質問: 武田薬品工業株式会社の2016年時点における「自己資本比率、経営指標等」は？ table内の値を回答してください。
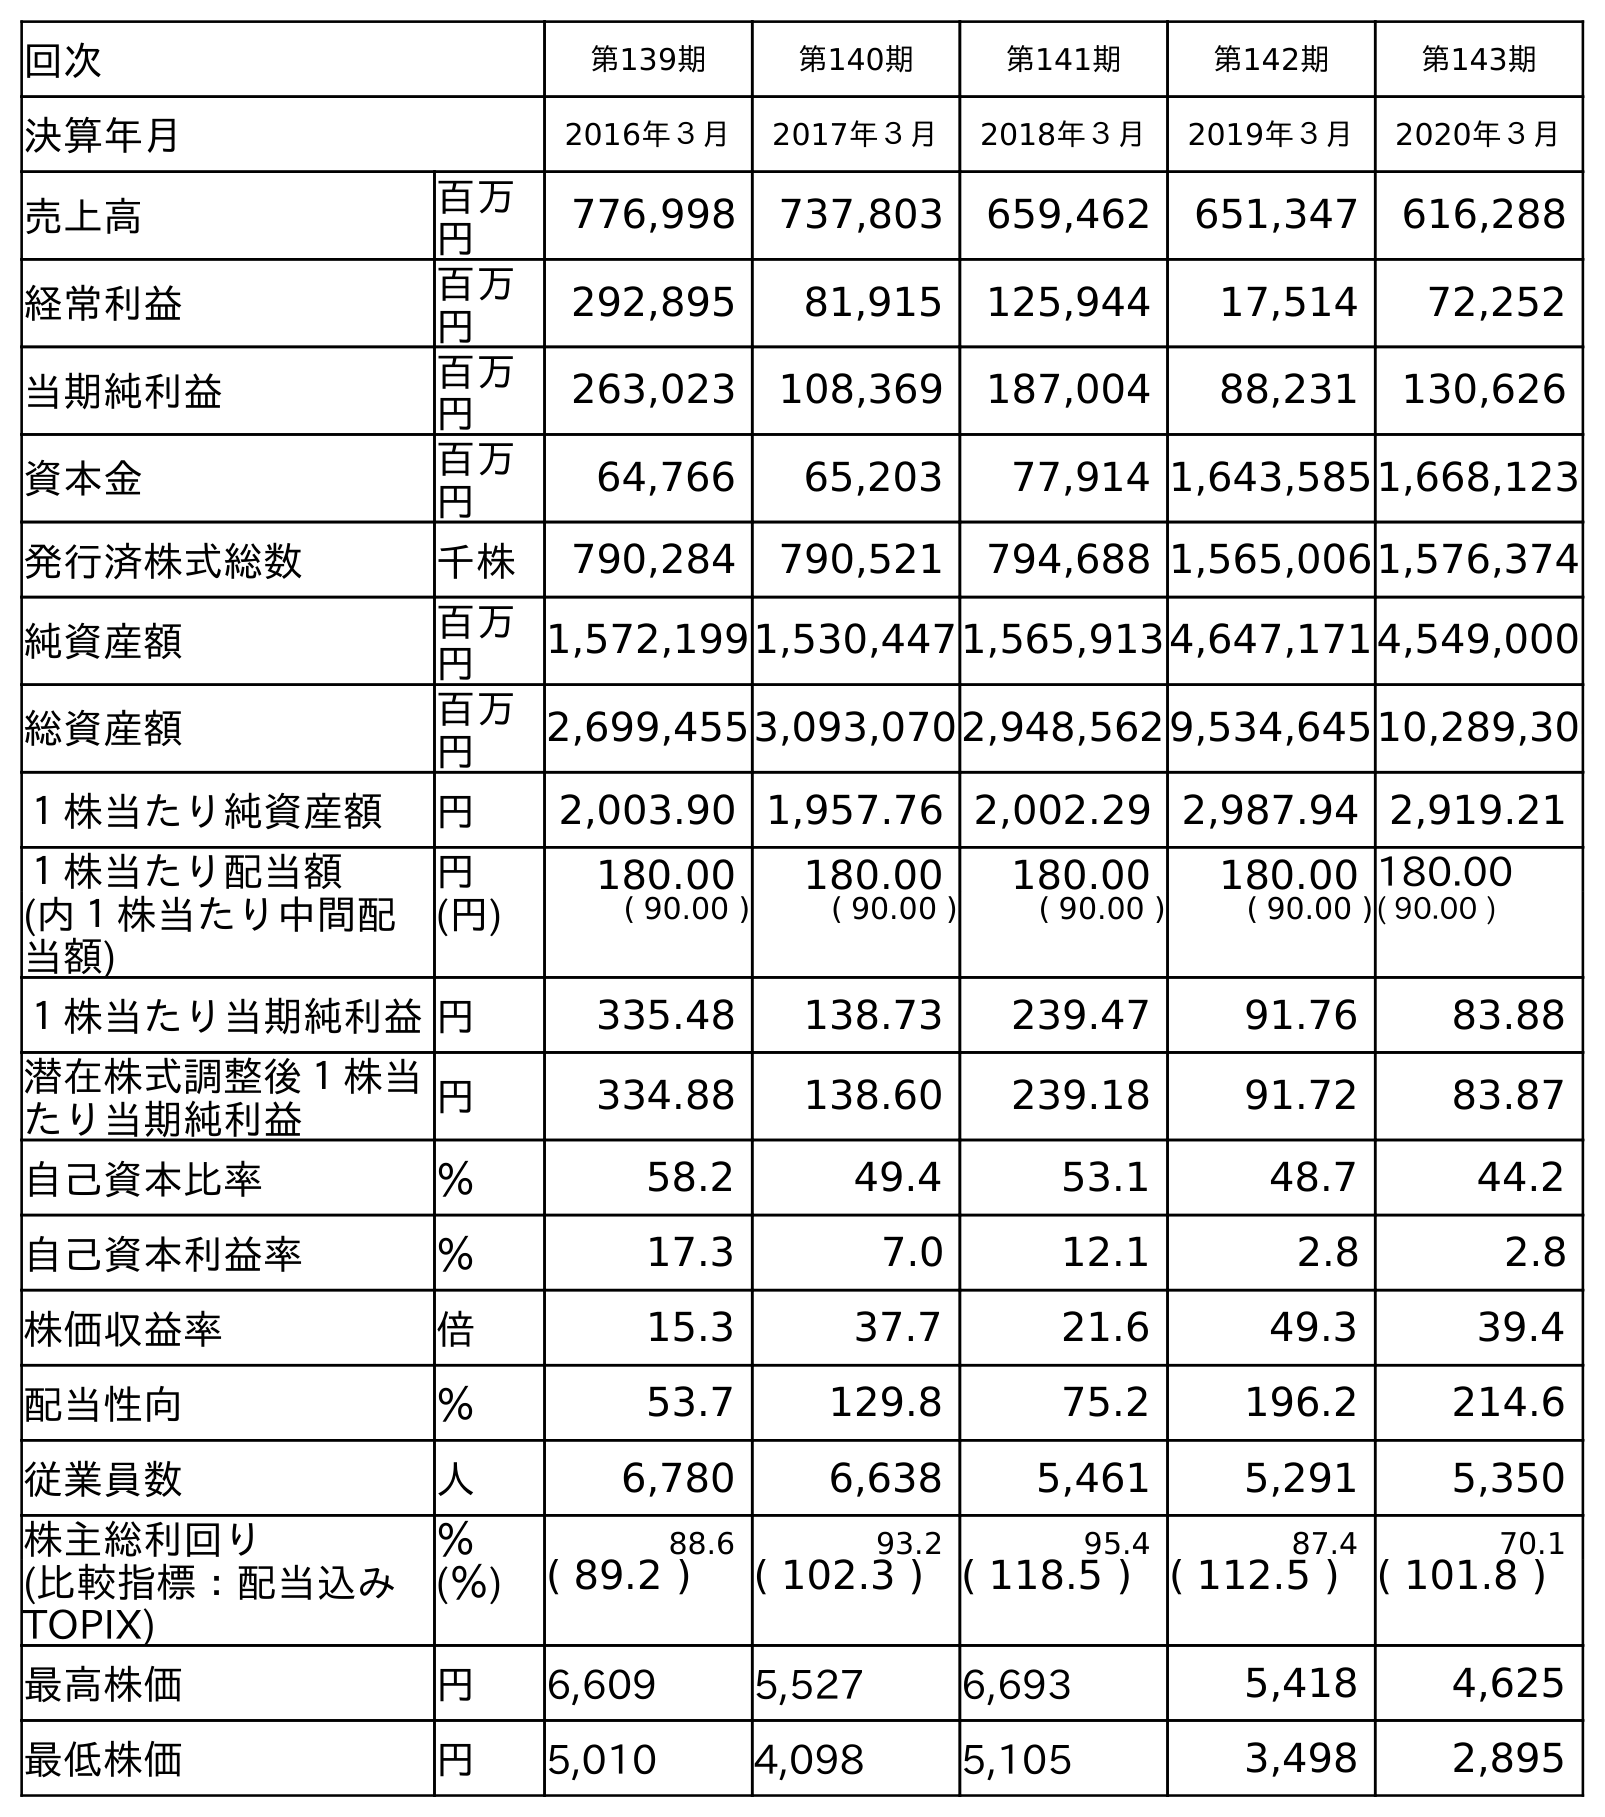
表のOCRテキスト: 回次 第139期 第140期 第141期 第142期 第143期 決算年月 2016年３月 2017年３月 2018年３月 2019年３月 2020年３月 売上高 百万 円 776,998 737,803 659,462 651,347 616,288 経常利益 百万 円 292,895 81,915 125,944 17,514 72,252 当期純利益 百万 円 263,023 108,369 187,004 88,231 130,626 資本金 百万 円 64,766 65,203 77,914 1,643,5851,668,123 発行済株式総数 千株 790,284 790,521 794,688 1,565,0061,576,374 純資産額 百万 円 1,572,1991,530,4471,565,9134,647,1714,549,000 総資産額 百万 円 2,699,4553,093,0702,948,5629,534,64510,289,30 １株当たり純資産額 円 2,003.90 1,957.76 2,002.29 2,987.94 2,919.21 １株当たり配当額 円 180.00 180.00 180.00 180.00 180.00 (内１株当たり中間配 当額) (円) ( 90.00 ) ( 90.00 ) ( 90.00 ) ( 90.00 )( 90.00 ) １株当たり当期純利益円 335.48 138.73 239.47 91.76 83.88 潜在株式調整後１株当 たり当期純利益 円 334.88 138.60 239.18 91.72 83.87 自己資本比率 ％ 58.2 49.4 53.1 48.7 44.2 自己資本利益率 ％ 17.3 7.0 12.1 2.8 2.8 株価収益率 倍 15.3 37.7 21.6 49.3 39.4 配当性向 ％ 53.7 129.8 75.2 196.2 214.6 従業員数 人 6,780 6,638 5,461 5,291 5,350 株主総利回り ％ 88.6 93.2 95.4 87.4 70.1 (比較指標：配当込み TOPIX) (％) ( 89.2 ) ( 102.3 ) ( 118.5 ) ( 112.5 ) ( 101.8 ) 最高株価 円 6,609 5,527 6,693 5,418 4,625 最低株価 円 5,010 4,098 5,105 3,498 2,895
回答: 58.2